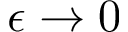
\epsilon \rightarrow 0